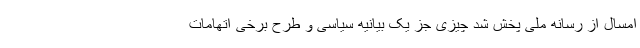
امسال از رسانه ملی پخش شد چیزی جز یک بیانیه سیاسی و طرح برخی اتهامات